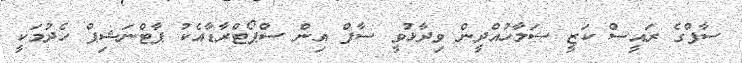
ސާފްގެ ރައީސް ކަޒީ ސަލާހުއްދީން ވިދާޅުވީ ސާފް އިން ސްޕޯޓްރާޑާއެކު ޕާޓްނަޝިޕް ހެދުމަކީ